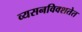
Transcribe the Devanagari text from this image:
व्यसनविवशतेत